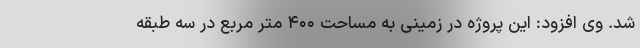
شد. وی افزود: این پروژه در زمینی به مساحت ۴۰۰ متر مربع در سه طبقه